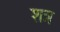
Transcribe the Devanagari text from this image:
शत्र